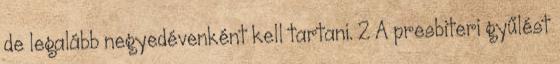
de legalább negyedévenként kell tartani. 2 A presbiteri gyűlést